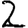
Digit: 2